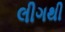
લીગથી